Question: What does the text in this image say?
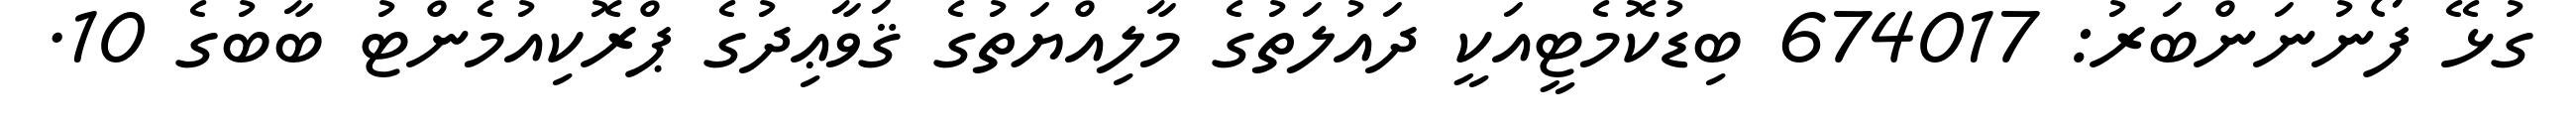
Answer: ގުޅޭ ފޯނުނަންބަރު: 674017 ބިޑުކޮމެޓީއަކީ ދައުލަތުގެ މާލިއްޔަތުގެ ޤަވާޢިދުގެ ޕްރޮކިއުމެންޓު ބާބުގެ 10.